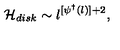
{ \cal H } _ { d i s k } \sim l ^ { [ \psi ^ { \dagger } ( l ) ] + 2 } ,